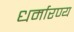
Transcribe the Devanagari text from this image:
धर्मारण्य